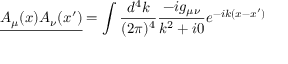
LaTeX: { \underline { { A _ { \mu } ( x ) A _ { \nu } ( x ^ { \prime } ) } } } = \int { \frac { d ^ { 4 } k } { ( 2 \pi ) ^ { 4 } } } { \frac { - i g _ { \mu \nu } } { k ^ { 2 } + i 0 } } e ^ { - i k ( x - x ^ { \prime } ) }